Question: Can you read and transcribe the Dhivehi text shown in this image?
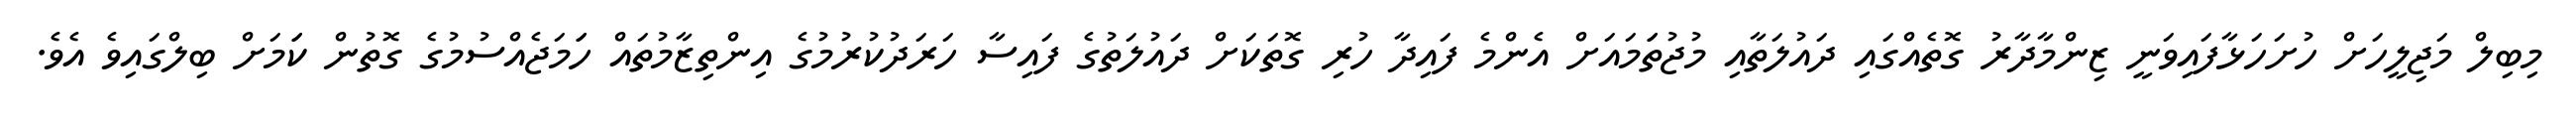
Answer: މިބިލް މަޖިލީހަށް ހުށަހަޅާފައިވަނީ ޒިންމާދާރު ގޮތެއްގައި ދައުލަތާއި މުޖުތަަމައަށް އެންމެ ފައިދާ ހުރި ގޮތަކަށް ދައުލަތުގެ ފައިސާ ހަރަދުކުރުމުގެ އިންތިޒާމުތައް ހަަމަޖެއްސުމުގެ ގޮތުން ކަަމަށް ބިލްގައިވެ އެވެ.